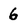
Character: 6